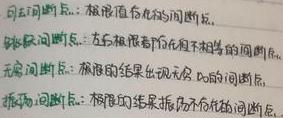
可去间断点：极限值存在的间断点。
跳跃间断点：左右极限都存在但不相等的间断点。
无穷间断点：极限的结果出现无穷大的间断点。
振荡间断点：极限的结果振荡不存在的间断点。